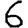
Digit: 6